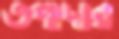
তপাদার